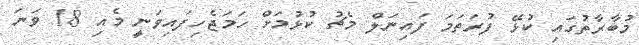
މުބާރާތުގައި ކުޅޭ ފުރަތަމަ ފައިނަލް މެޗު ކުޅުމަށް ހަމަޖެހިފައިވަނީ މެއި 18 ވަނަ